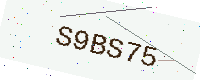
Text: S9BS75